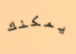
يمكنك